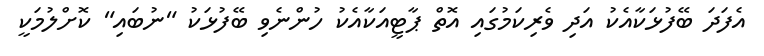
އެފަދަ ބޭފުޅަކާއެކު އަދި ވެރިކަމުގައި އޮތް ޕާޓީއަކާއެކު ހުންނެވި ބޭފުޅަކު "ނުބައި" ކޮށްލުމަކީ